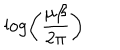
\log \left( \frac { \mu \beta } { 2 \pi } \right)